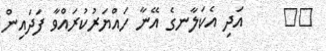
٢٦     އަދި އެކަލާނގެ އޭނާ ހައްޔަރުކުރައްވާ ފަދައިން